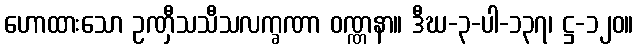
ဟောထားသော ဥဏှီသသီသလက္ခဏာ ဝဏ္ဏနာ။ ဒီဃ-၃-ပါ-၁၃၇၊ ဋ္ဌ-၁၂၀။